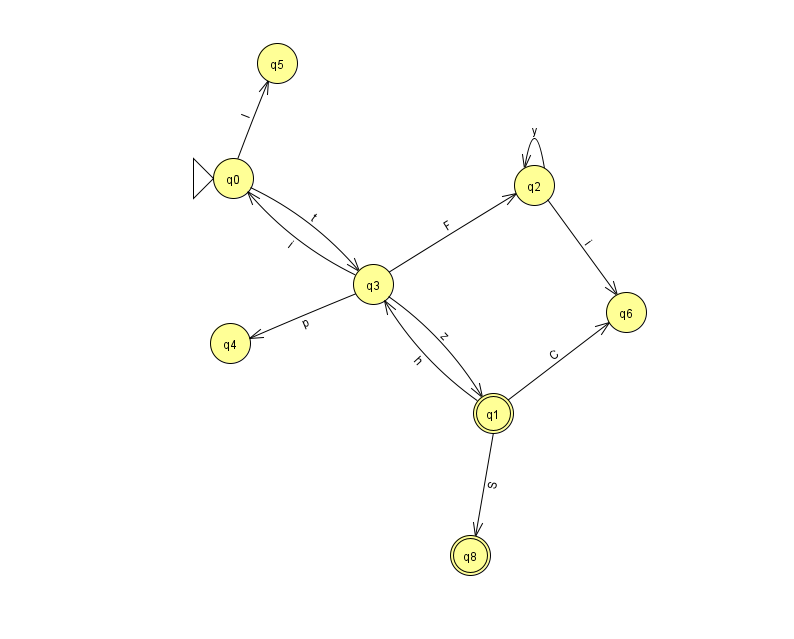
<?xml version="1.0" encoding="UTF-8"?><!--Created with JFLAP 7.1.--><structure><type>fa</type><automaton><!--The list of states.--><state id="0" name="q0"><x>233.0</x><y>165.0</y><initial/></state><state id="1" name="q1"><x>493.0</x><y>400.0</y><final/></state><state id="2" name="q2"><x>534.0</x><y>172.0</y></state><state id="3" name="q3"><x>373.0</x><y>271.0</y></state><state id="4" name="q4"><x>230.0</x><y>330.0</y></state><state id="5" name="q5"><x>277.0</x><y>50.0</y></state><state id="6" name="q6"><x>626.0</x><y>299.0</y></state><state id="8" name="q8"><x>470.0</x><y>542.0</y><final/></state><!--The list of transitions.--><transition><from>0</from><to>5</to><read>I</read></transition><transition><from>3</from><to>0</to><read>i</read></transition><transition><from>3</from><to>1</to><read>z</read></transition><transition><from>2</from><to>2</to><read>y</read></transition><transition><from>1</from><to>3</to><read>h</read></transition><transition><from>0</from><to>3</to><read>t</read></transition><transition><from>1</from><to>6</to><read>C</read></transition><transition><from>1</from><to>8</to><read>S</read></transition><transition><from>2</from><to>6</to><read>i</read></transition><transition><from>3</from><to>2</to><read>F</read></transition><transition><from>3</from><to>4</to><read>p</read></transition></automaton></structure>